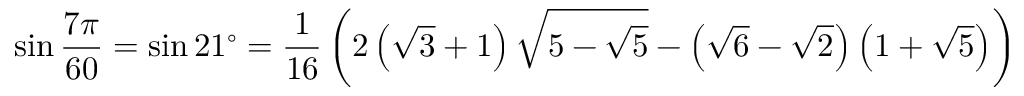
\sin { \frac { 7 \pi } { 6 0 } } = \sin 2 1 ^ { \circ } = { \frac { 1 } { 1 6 } } \left( 2 \left( { \sqrt { 3 } } + 1 \right) { \sqrt { 5 - { \sqrt { 5 } } } } - \left( { \sqrt { 6 } } - { \sqrt { 2 } } \right) \left( 1 + { \sqrt { 5 } } \right) \right)